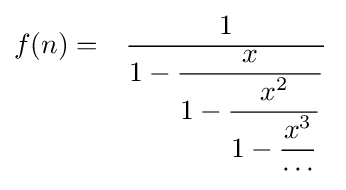
{\begin{aligned}f(n)&=&{\dfrac {1}{1-{\dfrac {x}{1-{\dfrac {x^{2}}{1-{\dfrac {x^{3}}{\cdots }}}}}}}}\,\end{aligned}}